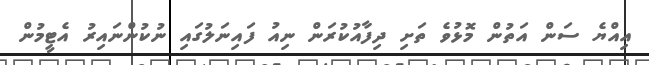
އިއްޔެ ސަން އަތުން މޮޅުވެ ތަށި ދިފާއުކުރަން ނިއު ފައިނަލުގައި ނުކުންނައިރު އެޓީމުން